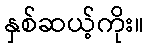
နှစ်ဆယ့်ကိုး။